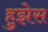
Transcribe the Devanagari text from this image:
हुझेस